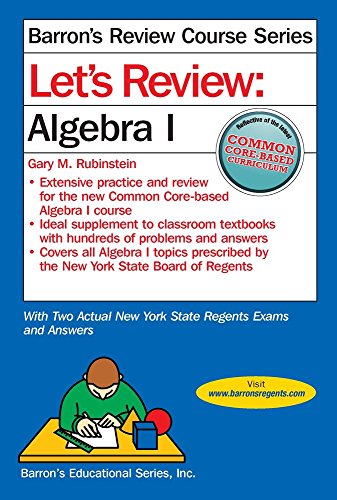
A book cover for Let's Review  Algebra I (Let's Review Series); Gary Rubinstein; Test Preparation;